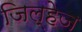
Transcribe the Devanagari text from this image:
जिल्हेज